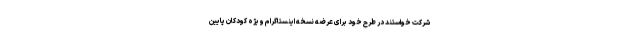
شرکت خواستند در طرح خود برای عرضه نسخه اینستاگرام ویژه کودکان پایین